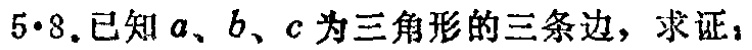
$5\cdot 8.已知a、b、c为三角形的三条边，求证：$